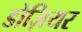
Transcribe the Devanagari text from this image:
डोज़ियर